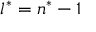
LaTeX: l ^ { * } = n ^ { * } - 1